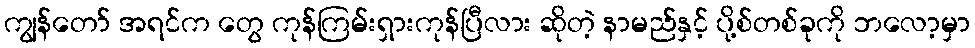
ကျွန်တော် အရင်က တွေ ကုန်ကြမ်းရှားကုန်ပြီလား ဆိုတဲ့ နာမည်နှင့် ပို့စ်တစ်ခုကို ဘလော့မှာ